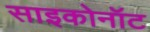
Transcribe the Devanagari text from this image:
साइकोनॉट